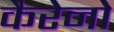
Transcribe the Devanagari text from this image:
कैरेनो